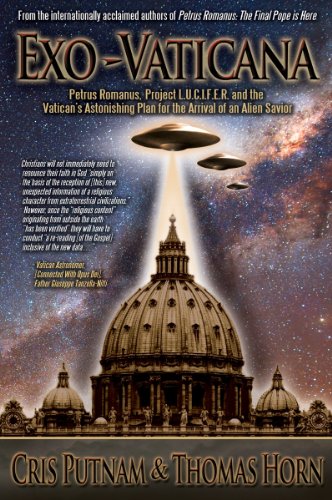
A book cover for Exo-Vaticana : Petrus Romanus, Project L.U.C.I.F.E.R. And the Vatican's Astonishing Plan for the Arrival of an Alien Savior; Thomas Horn; Christian Books & Bibles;